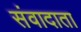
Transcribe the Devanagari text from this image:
संवादाता